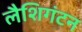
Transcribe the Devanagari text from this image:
लैशिगंटन